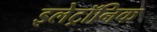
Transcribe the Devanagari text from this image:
इलेट्रॉनिक